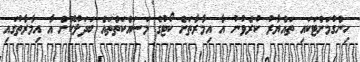
ހިންގުމަށްޓަކައި ތައްޔާރު ކުރެވުނު އާ އިމާރާތަށް ކޯޓުގެ މަސައްކަތްތައް ބަދަލުކޮށް އާ އިމާރާތުގައި